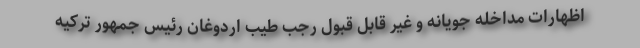
اظهارات مداخله جویانه و غیر قابل قبول رجب طیب اردوغان رئیس جمهور ترکیه